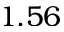
1 . 5 6